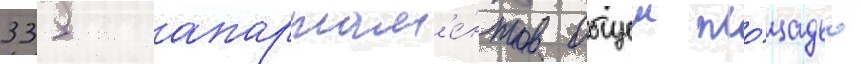
335 апартам'е́нтов общеи пло́щадью